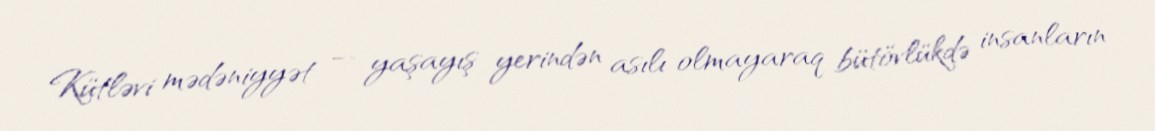
Kütləvi mədəniyyət — yaşayış yerindən asılı olmayaraq bütövlükdə insanların